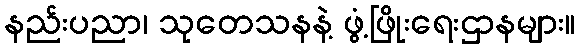
နည်းပညာ၊ သုတေသနနဲ့ ဖွံ့ဖြိုးရေးဌာနများ။